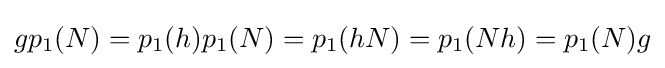
gp_{1}(N)=p_{1}(h)p_{1}(N)=p_{1}(hN)=p_{1}(Nh)=p_{1}(N)g